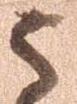
う